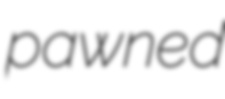
pawned